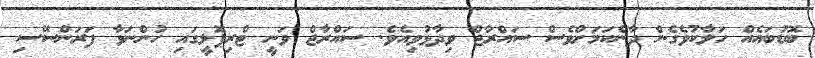
ބޮޑުބައެއް ހަލާކުވެގެން ދާނެކަމަށްވެސް ސައްރާޖް ވިދާޅުވިއެވެ. ސައްރާޖް ވަނީ ޓްރިޕޮލީގައި ހުންނަވާ ފަރަންސޭސި